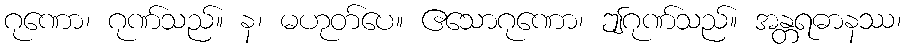
ဂုဏော၊ ဂုဏ်သည်။ န၊ မဟုတ်ပေ။ ဧသောဂုဏော၊ ဤဂုဏ်သည်။ အန္တရဓာနဿ၊